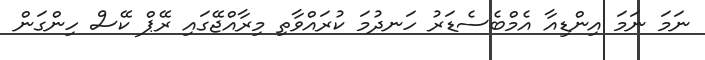
ނަމަ ނަމަ އިންޑިއާ އެމްބެސެޑަރު ހަނދުމަ ކުރައްވާތި މިރާއްޖޭގައި ރޭޕް ކޭސް ހިންގަން